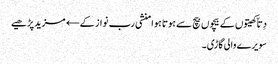
دِتاّ کھیتوں کے بیچوں بیچ سے ہوتا ہوا منشی رب نواز کے← مزید پڑھیے
سویرے والی گاڑی۔